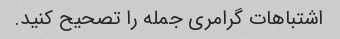
اشتباهات گرامری جمله را تصحیح کنید.